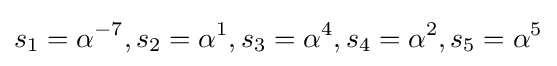
s_{1}=\alpha ^{-7},s_{2}=\alpha ^{1},s_{3}=\alpha ^{4},s_{4}=\alpha ^{2},s_{5}=\alpha ^{5}